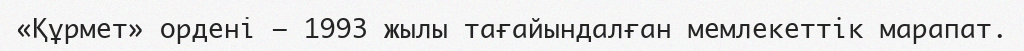
«Құрмет» орденi — 1993 жылы тағайындалған мемлекеттік марапат.